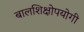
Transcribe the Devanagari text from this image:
बालशिक्षोपयोगी